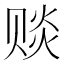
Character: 赕